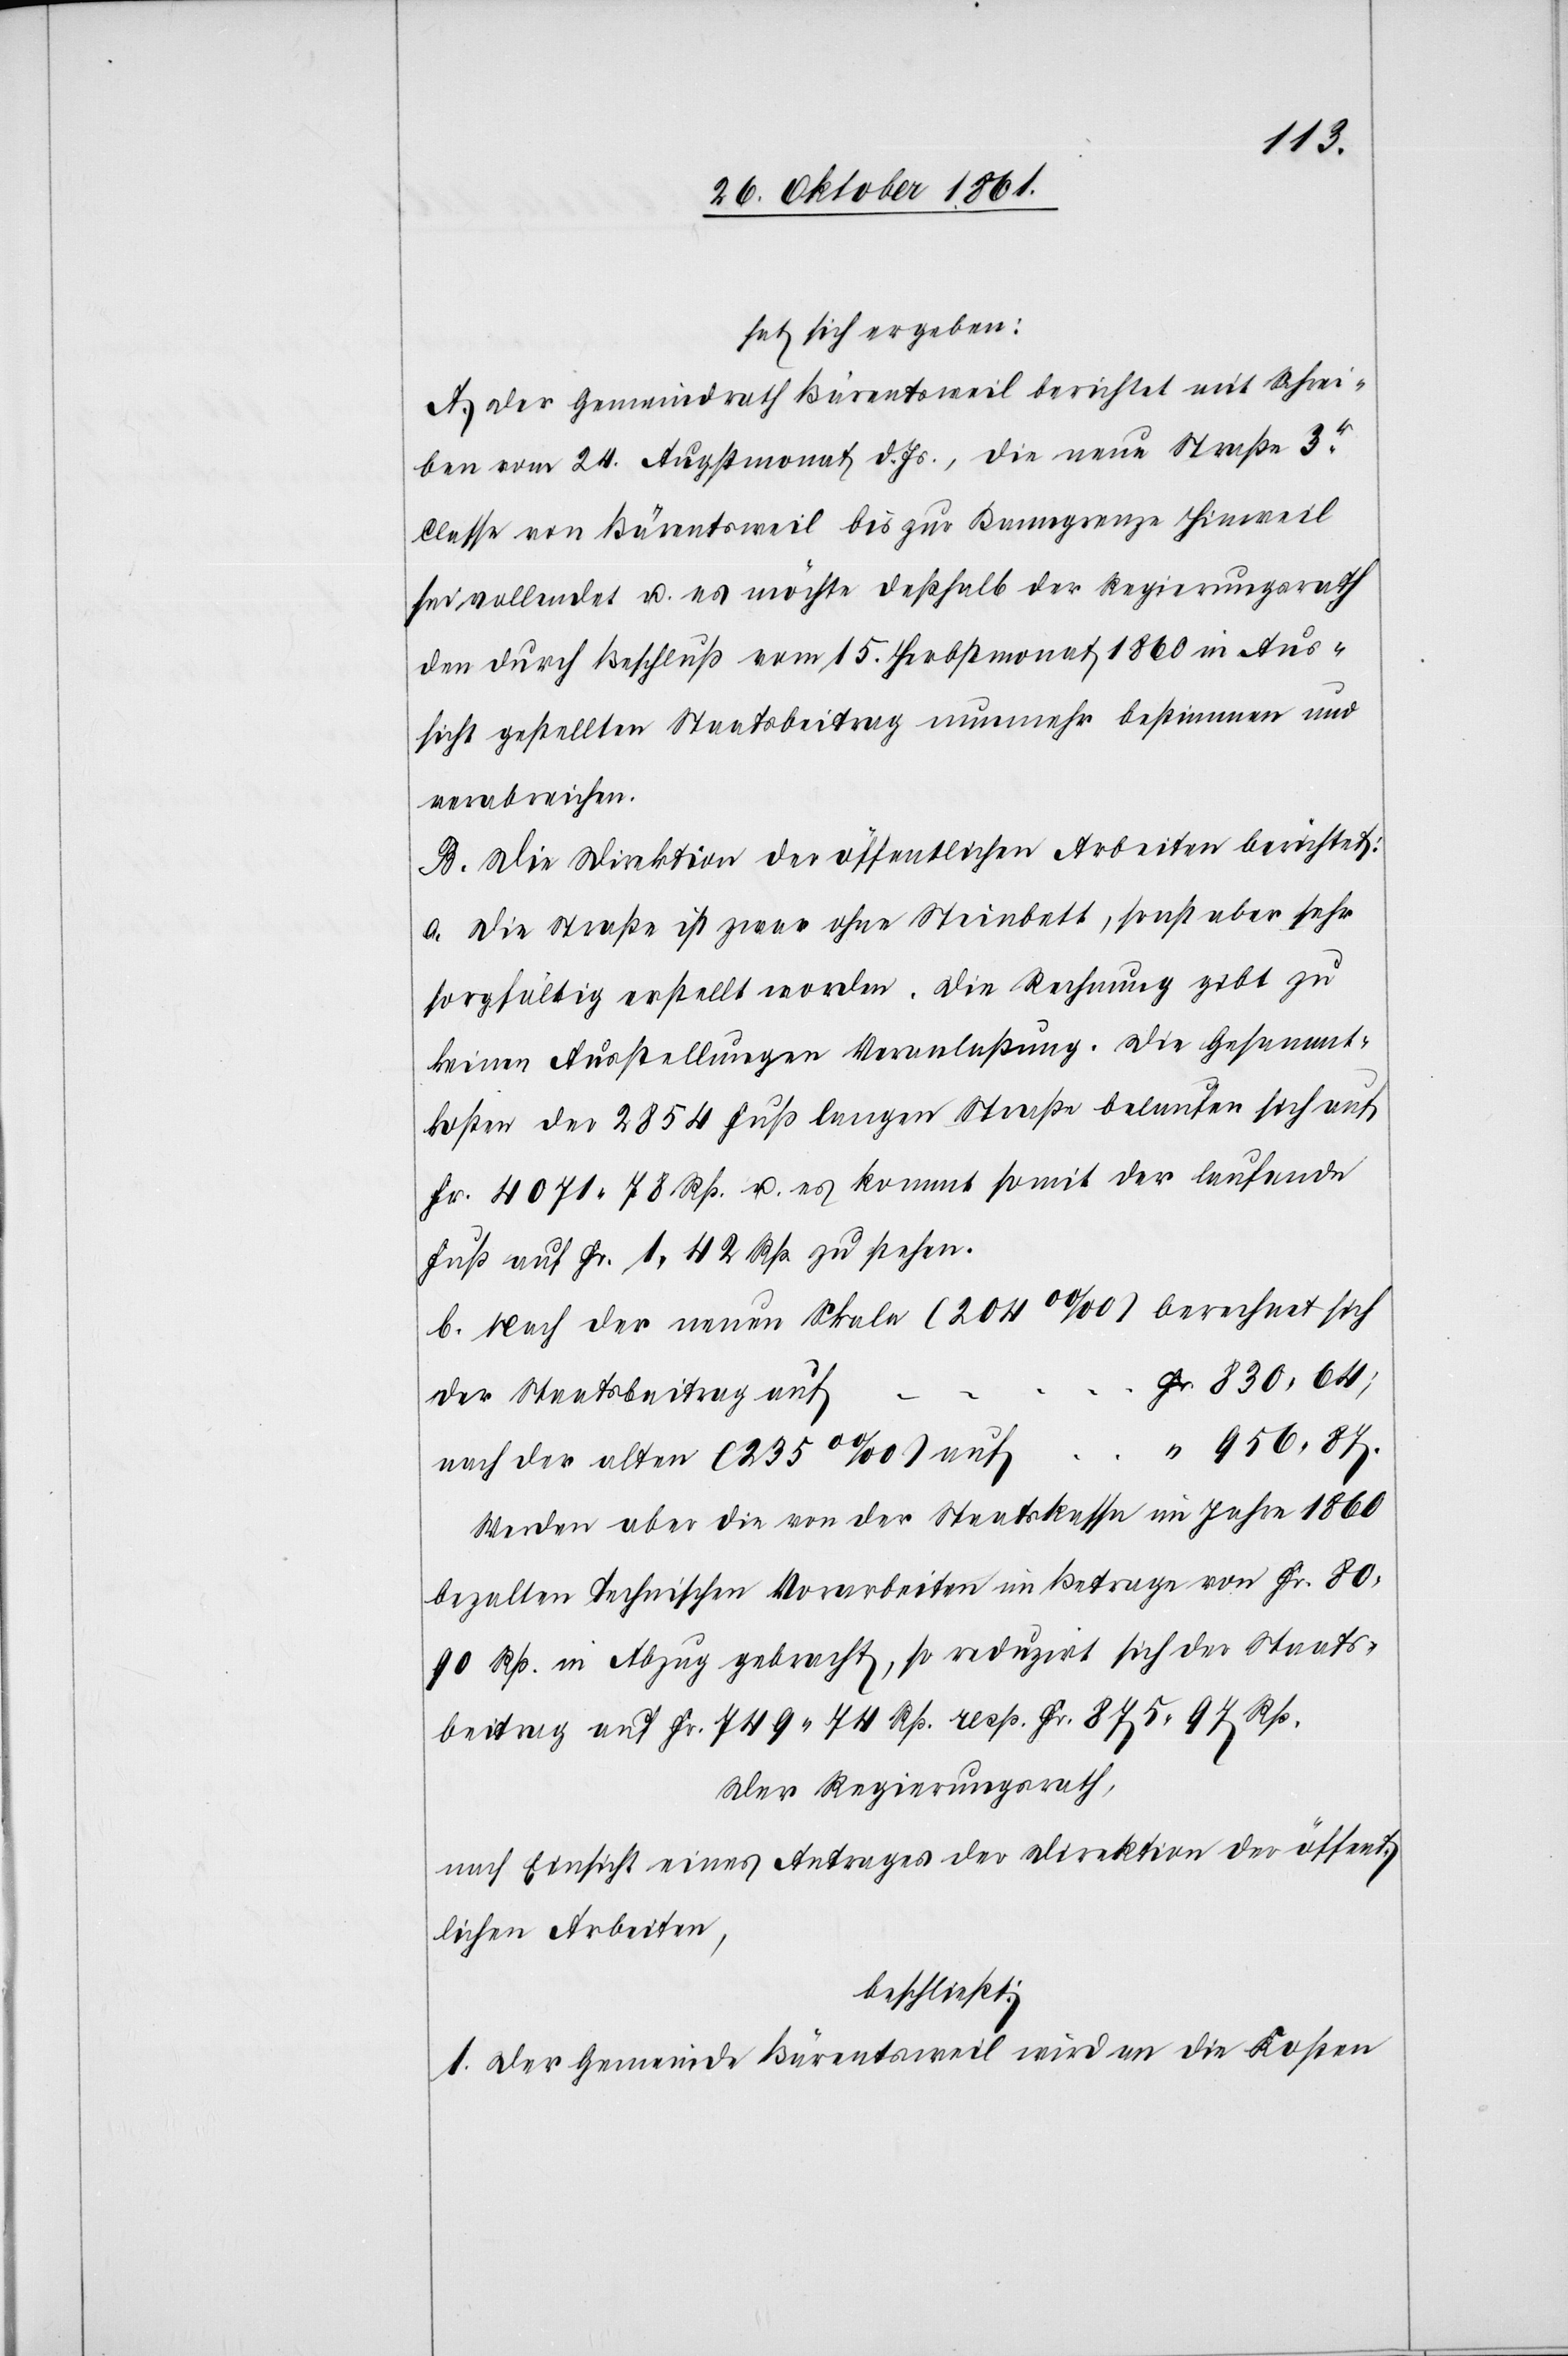
hat sich ergeben:
A. Der Gemeindrath Bärentsweil berichtet mit Schrei¬
ben vom 24 Augstmonat d. Js., die neue Straße 3r
Classe von Bärentsweil bis zur Banngrenze Hinweil
sei vollendet u. es möchte deßhalb der Regierungsrath
den durch Beschluß vom 15 Herbstmonat 1860 in Aus¬
sicht gestellten Staatsbeitrag nunmehr bestimmen und
verabreichen.
B. Die Direktion der öffentlichen Arbeiten berichtet:
a. Die Straße ist zwar ohne Steinbett, sonst aber sehr
sorgfältig erstellt worden. Die Rechnung gibt zu
keinen Ausstellungen Veranlaßung. Die Gesammt¬
kosten der 2854 Fuß langen Straße belaufen sich auf
Fr. 4071. 78 Rp. u. es kommt somit der laufende
Fuß auf Fr. 1, 42 Rp. zu stehen.
b. Nach der neuen Skala (204 ‰) berechnet sich
Fr. 830. 64;
der Staatsbeitrag auf
nach der alten (235 ‰) auf
Werden aber die von der Staatskasse im Jahre 1860
bezalten technischen Vorarbeiten im Betrage von Fr. 80.
90 Rp. in Abzug gebracht, so reduzirt sich der Staats¬
beitrag auf Fr. 719. 74 Rp. resp. Fr. 875. 97 Rp.
Der Regierungsrath,
nach Einsicht eines Antrages der Direktion der öffent¬
lichen Arbeiten,
beschließt:
1. Der Gemeinde Bärentsweil wird an die Kosten